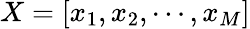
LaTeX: X=[x_{1},x_{2},\cdots,x_{M}]